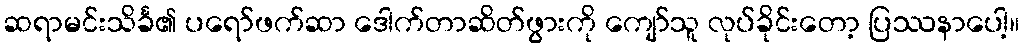
ဆရာမင်းသိင်္ခ၏ ပရော်ဖက်ဆာ ဒေါက်တာဆိတ်ဖွားကို ကျော်သူ လုပ်ခိုင်းတော့ ပြဿနာပေါ့။